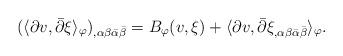
LaTeX: \begin{align*}(\langle \partial v, \bar{\partial} \xi\rangle_{\varphi})_{,\alpha \beta \bar{\alpha} \bar{\beta}} = B_{\varphi}(v, \xi) + \langle \partial v, \bar{\partial} \xi_{,\alpha \beta \bar{\alpha} \bar{\beta}}\rangle_{\varphi}.\end{align*}